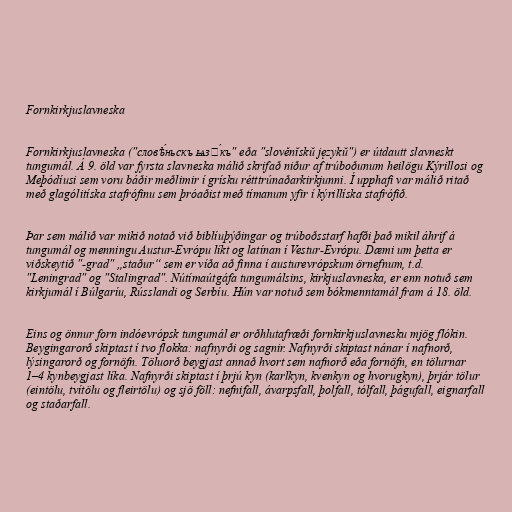
Fornkirkjuslavneska

Fornkirkjuslavneska ("словѣ́ньскъ ѩзꙑ́къ" eða "slověnĭskŭ językŭ") er útdautt slavneskt
tungumál. Á 9. öld var fyrsta slavneska málið skrifað niður af trúboðunum heilögu Kýrillosi og
Meþódíusi sem voru báðir meðlimir í grísku rétttrúnaðarkirkjunni. Í upphafi var málið ritað
með glagólitíska stafrófinu sem þróaðist með tímanum yfir í kýrillíska stafrófið.

Þar sem málið var mikið notað við biblíuþýðingar og trúboðsstarf hafði það mikil áhrif á
tungumál og menningu Austur-Evrópu líkt og latínan í Vestur-Evrópu. Dæmi um þetta er
viðskeytið "-grad" „staður“ sem er víða að finna í austurevrópskum örnefnum, t.d.
"Leningrad" og "Stalingrad". Nútímaútgáfa tungumálsins, kirkjuslavneska, er enn notuð sem
kirkjumál í Búlgaríu, Rússlandi og Serbíu. Hún var notuð sem bókmenntamál fram á 18. öld.

Eins og önnur forn indóevrópsk tungumál er orðhlutafræði fornkirkjuslavnesku mjög flókin.
Beygingarorð skiptast í tvo flokka: nafnyrði og sagnir. Nafnyrði skiptast nánar í nafnorð,
lýsingarorð og fornöfn. Töluorð beygjast annað hvort sem nafnorð eða fornöfn, en tölurnar
1–4 kynbeygjast líka. Nafnyrði skiptast í þrjú kyn (karlkyn, kvenkyn og hvorugkyn), þrjár tölur
(eintölu, tvítölu og fleirtölu) og sjö föll: nefnifall, ávarpsfall, þolfall, tólfall, þágufall, eignarfall
og staðarfall.